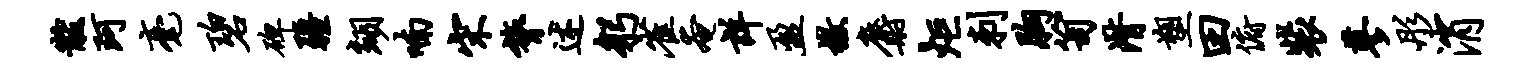
黻珂毫碧碑疆翊喃宋膂述躬雀奄详盈檄麝炬刺胸笥潸塑田俯裴蓼彤消